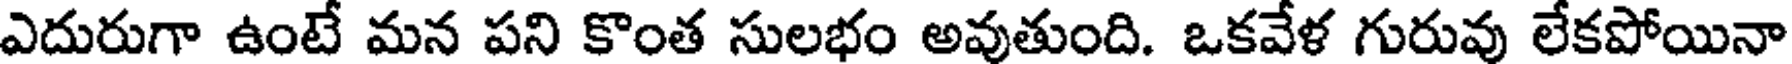
ఎదురుగా ఉంటే మన పని కొంత సులభం అవుతుంది. ఒకవేళ గురువు లేకపోయినా